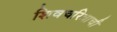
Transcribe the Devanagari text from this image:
शिवचरित्राची